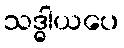
သဒ္ဓါယပေ